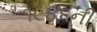
૧૯૪૬ની